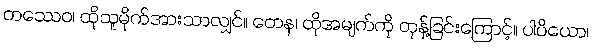
တဿေဝ၊ ထိုသူမိုက်အားသာလျှင်။ တေန၊ ထိုအမျက်ကို တုန့်ခြင်းကြောင့်။ ပါပိယော၊